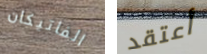
الفاتيكان أعتقد